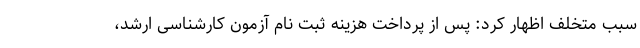
سبب متخلف اظهار کرد: پس از پرداخت ھزینه ثبت نام آزمون کارشناسی ارشد،